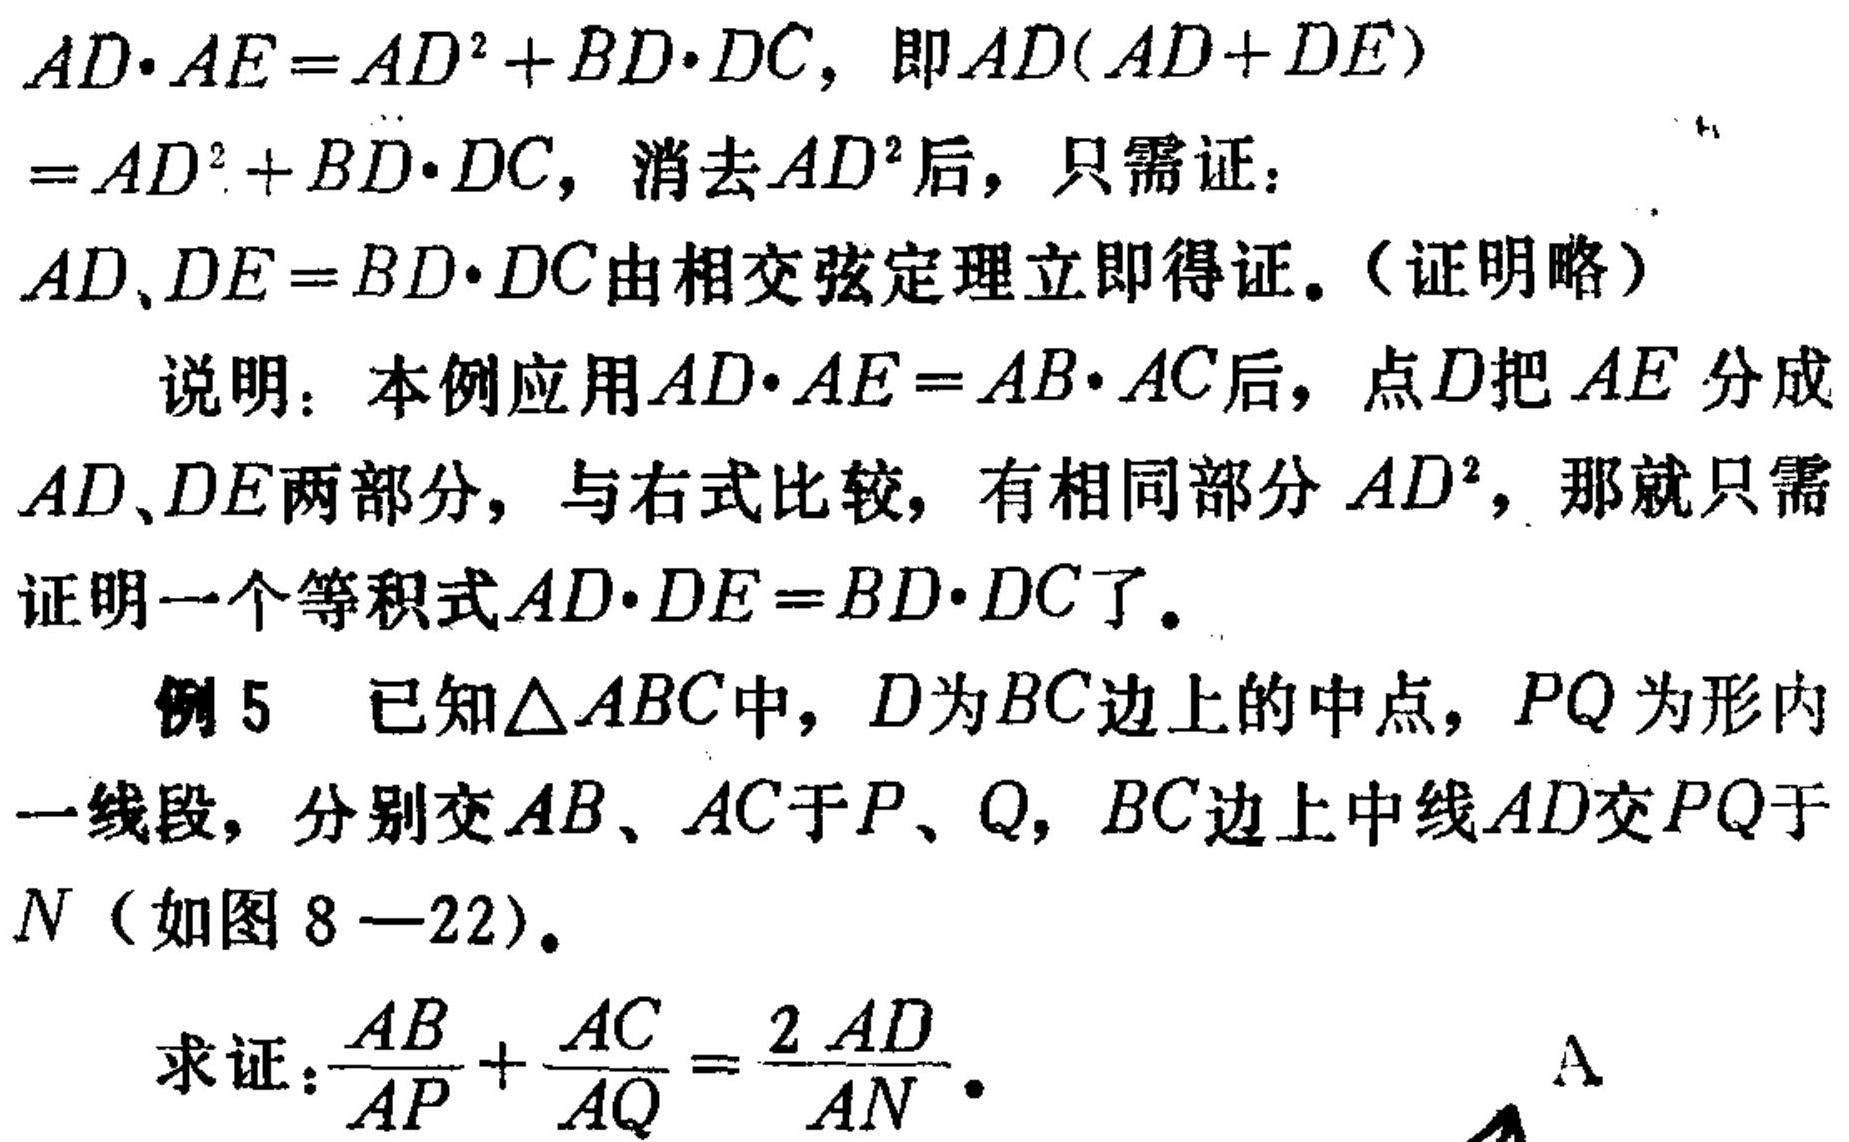
\(AD\cdot AE=AD^{2}+BD\cdot DC\)，即\(AD(AD + DE)\)
\(=AD^{2}+BD\cdot DC\)，消去\(AD^{2}\)后，只需证：
\(AD、DE = BD\cdot DC\)由相交弦定理立即得证。（证明略）

说明：本例应用\(AD\cdot AE=AB\cdot AC\)后，点\(D\)把\(AE\)分成
\(AD、DE\)两部分，与右式比较，有相同部分\(AD^{2}\)，那就只需
证明一个等积式\(AD\cdot DE=BD\cdot DC\)了。

例5 已知\(\triangle ABC\)中，\(D\)为\(BC\)边上的中点，\(PQ\)为形内
一线段，分别交\(AB、AC\)于\(P、Q\)，\(BC\)边上中线\(AD\)交\(PQ\)于
\(N\)（如图8—22）。

求证：\(\frac{AB}{AP}+\frac{AC}{AQ}=\frac{2AD}{AN}\)。